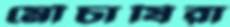
মৌচাষিরা